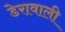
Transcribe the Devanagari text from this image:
डेरावाली